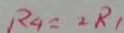
R _ { 4 } = 2 R _ { 1 }